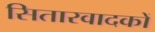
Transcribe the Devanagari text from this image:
सितारवादकों